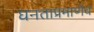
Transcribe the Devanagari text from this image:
घनताप्रमाणेच